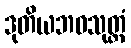
ဒုတိယဘဝသုတ္တံ